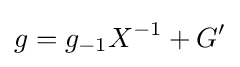
g=g_{-1}X^{-1}+G'